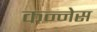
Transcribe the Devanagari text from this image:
कन्नेस